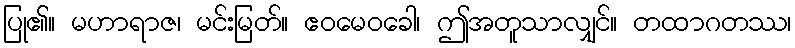
ပြု၏။ မဟာရာဇ၊ မင်းမြတ်။ ဧဝမေဝခေါ၊ ဤအတူသာလျှင်။ တထာဂတဿ၊